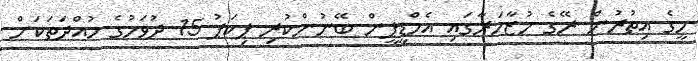
މީގެ އިތުރުން ރޭގެ މުޒާހަރާގައި އެމްޑީޕީން ބޭނުންކުރި ޕިކަޕު 15 ދުވަހުގެ މުއްދަތަަކަށް